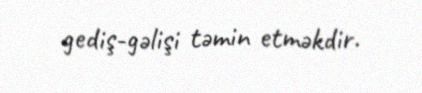
gediş-gəlişi təmin etməkdir.